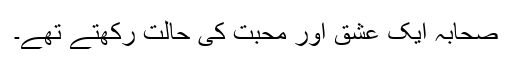
صحابہؓ ایک عشق اور محبت کی حالت رکھتے تھے۔